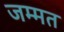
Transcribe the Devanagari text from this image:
जम्‍मत